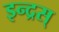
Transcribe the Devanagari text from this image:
इन्द्रस्